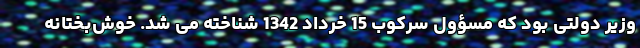
وزیر دولتی بود که مسؤول سرکوب 15 خرداد 1342 شناخته می شد. خوش‌بختانه